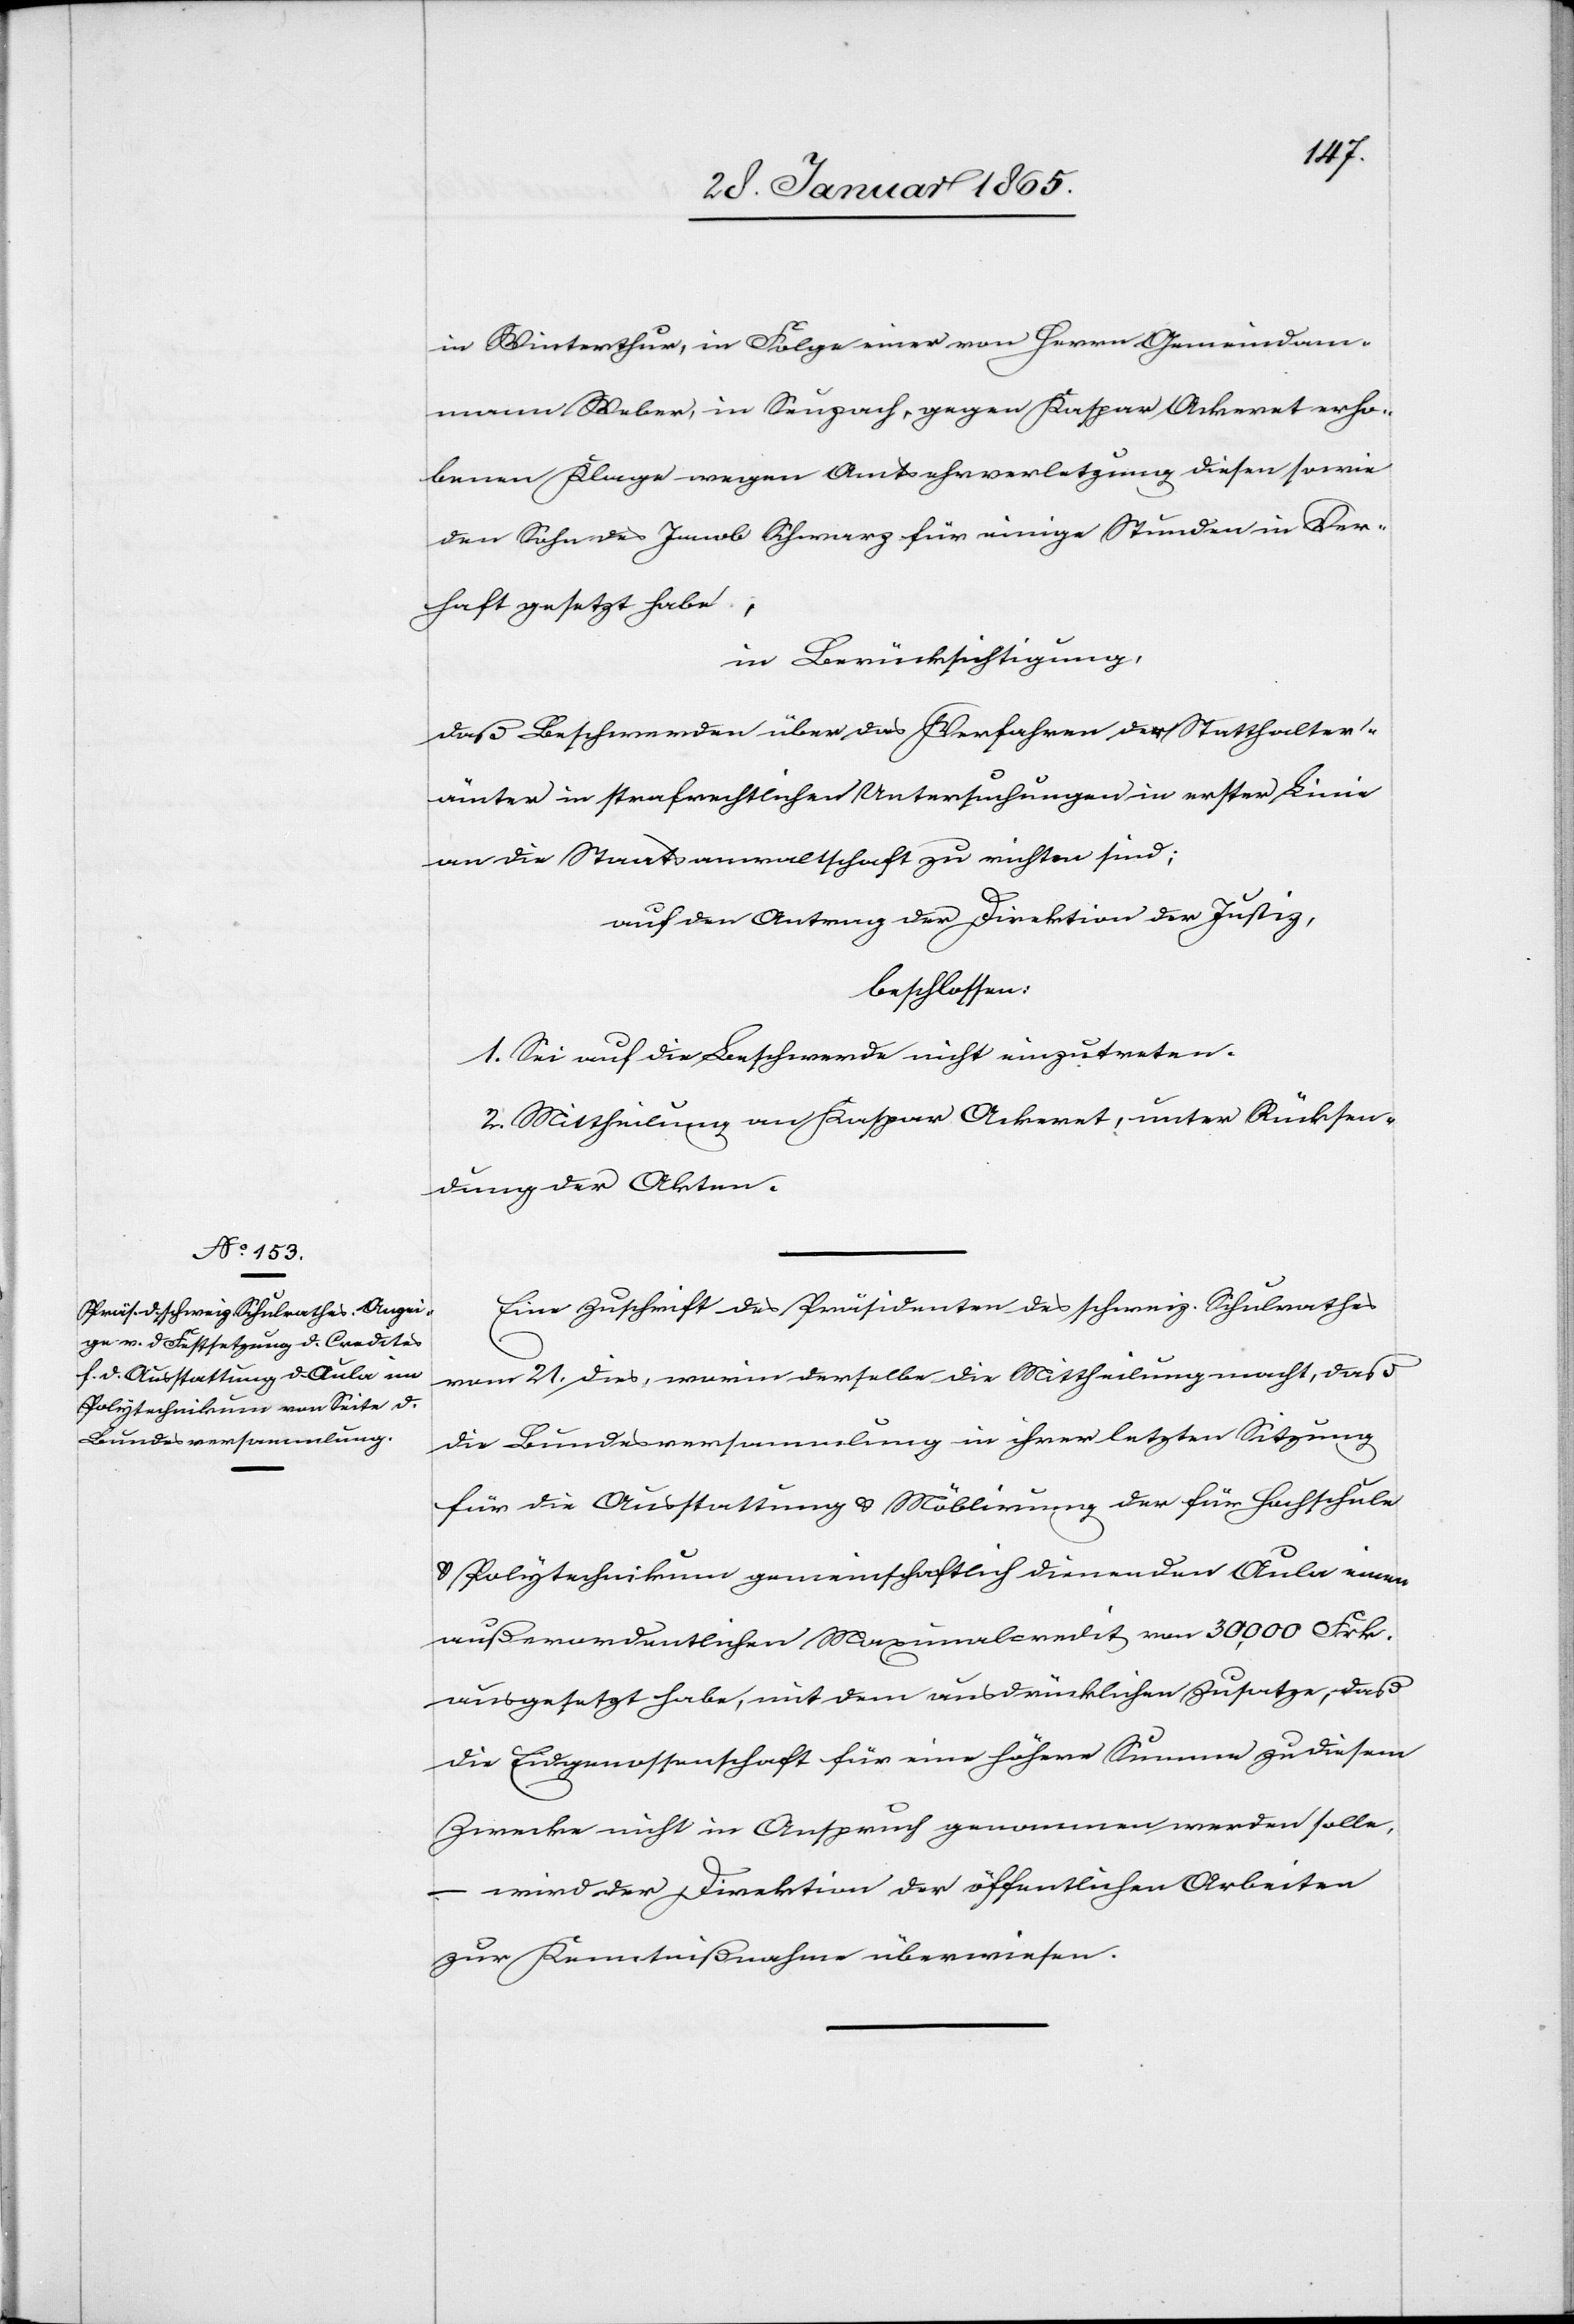
in Winterthur, in Folge einer von Herrn Gemeindam¬
mann Weber, in Seuzach, gegen Kaspar Ackeret erho¬
benen Klage wegen Amtsehrverletzung diesen sowie
den Sohn des Jacob Schwarz für einige Stunden in Ver¬
haft gesetzt habe,
in Berücksichtigung,
daß Beschwerden über das Verfahren der Statthalter¬
ämter in strafrechtlichen Untersuchungen in erster Linie
an die Staatsanwaltschaft zu richten sind;
auf den Antrag der Direktion der Justiz,
beschlossen:
1. Sei auf die Beschwerde nicht einzutreten.
2. Mittheilung an Kaspar Ackeret, unter Rücksen¬
dung der Akten.
Eine Zuschrift des Präsidenten des schweiz. Schulrathes
vom 21. dies, worin derselbe die Mittheilung macht, daß
die Bundesversammlung in ihrer letzten Sitzung
für die Ausstattung u. Möblirung der für Hochschule
u. Polytechnikum gemeinschaftlich dienenden Aula einen
außerordentlichen Maximalcredit von 30,000 Frk.
ausgesetzt habe, mit dem ausdrücklichen Zusatze, daß
die Eidgenossenschaft für eine höhere Summe zu diesem
Zwecke nicht in Anspruch genommen werden solle,
– wird der Direktion der öffentlichen Arbeiten
zur Kenntnißnahme überwiesen.